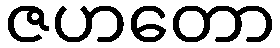
ဇဟတော